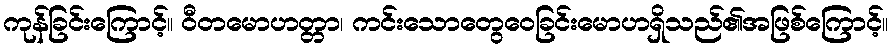
ကုန်ခြင်းကြောင့်။ ဝီတမောဟတ္တာ၊ ကင်းသောတွေဝေခြင်းမောဟရှိသည်၏အဖြစ်ကြောင့်။